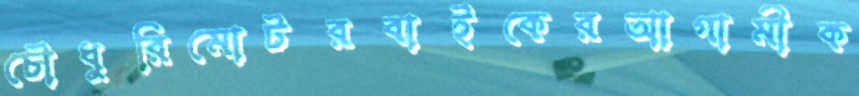
চৌধুরিমোটরবাইকেরআগামীক